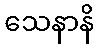
သေနာနိ